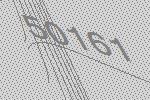
50161